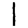
Digit: 1